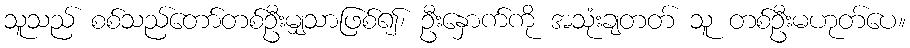
သူသည် စစ်သည်တော်တစ်ဦးမျှသာဖြစ်၍၊ ဦးနှောက်ကို အသုံးချတတ် သူ တစ်ဦးမဟုတ်ပေ။